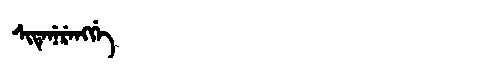
Manchu: ᠰᡳᡨᡝᠨᡝᡵᡝᠩᡤᡝ
Romanization: SITENERENGGE